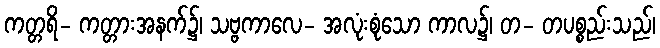
ကတ္တရိ- ကတ္တားအနက်၌၊ သဗ္ဗကာလေ- အလုံးစုံသော ကာလ၌၊ တ- တပစ္စည်းသည်၊